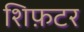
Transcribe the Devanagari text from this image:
शिफ़टर